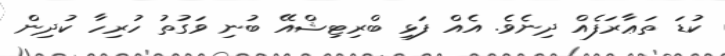
ކުޑަ ތަޢާރަފެއް ދިނެވެ. އެއް ފަޅި ބްރިޓިޝްއޭ ބުނި ވަގުތު ހުރިހާ ކުދިން